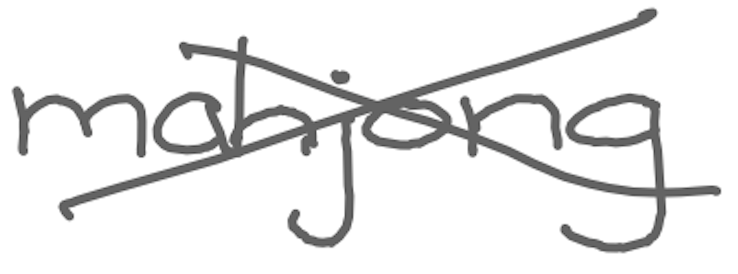
Text: mahjong
Cross-out: cross
Writing tool: digital_gray